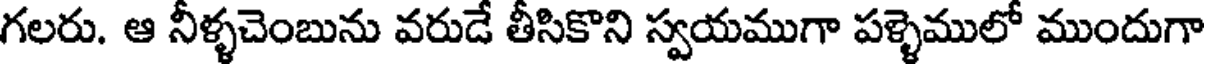
గలరు. ఆ నీళ్ళచెంబును వరుడే తీసికొని స్వయముగా పళ్ళెములో ముందుగా